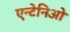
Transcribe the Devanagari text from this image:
एन्टेनिओ